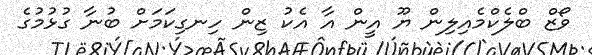
ވޯޒް ބްލެކްމެއިލިން ޔޫ އީން އާ އެކު ޒިން ހިނގިކަމަށް ބުނާ ގުޅުމުގެ